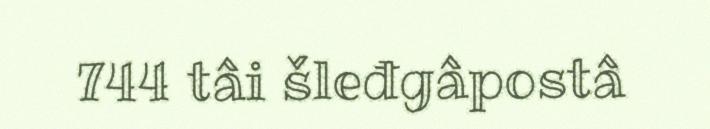
744 tâi šleđgâpostâ